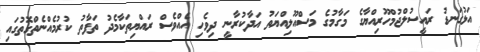
އަޅުގަނޑު ރައީސުލްޖުމްހޫރިއްޔާގެ މަގާމުގެ މަސްއޫލިއްޔަތު އަދާކުރާނީ ދިވެހި އެއްވެސް ރައްޔިތަކާމެދު ތަފާތު ކުރުމެއްނެތްގޮތުގައި